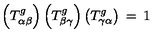
\left( T _ { \alpha \beta } ^ { g } \right) \left( T _ { \beta \gamma } ^ { g } \right) \left( T _ { \gamma \alpha } ^ { g } \right) \: = \: 1